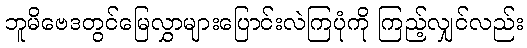
ဘူမိဗေဒတွင်မြေလွှာများပြောင်းလဲကြပုံကို ကြည့်လျှင်လည်း